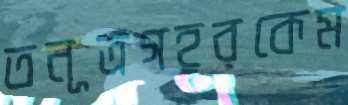
তনূত্রগহরকেম